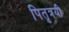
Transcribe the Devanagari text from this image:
पितृत्रयी